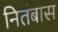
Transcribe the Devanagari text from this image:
नितंबास